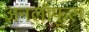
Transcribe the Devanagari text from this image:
अनलॉफुल